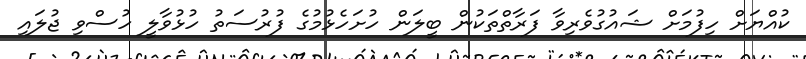
ކުއްޔަށް ހިފުމަށް ޝައުގުވެރިވާ ފަރާތްތަކުން ބީލަން ހުށަހެޅުމުގެ ފުރުސަތު ހުޅުވާލީ ހުސްވި ޖުލައި